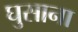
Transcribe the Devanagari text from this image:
घुसाना